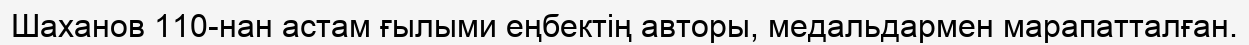
Шаханов 110-нан астам ғылыми еңбектің авторы, медальдармен марапатталған.